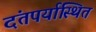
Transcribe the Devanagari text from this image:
दंतपर्यास्थित